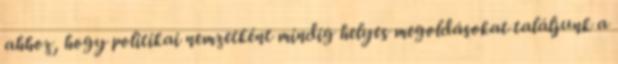
ahhoz, hogy politikai nemzetként mindig helyes megoldásokat találjunk a